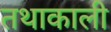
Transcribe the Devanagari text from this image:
तथाकाली